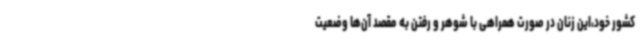
کشور خود،این زنان در صورت همراهی با شوهر و رفتن به مقصد آن‌ها وضعیت